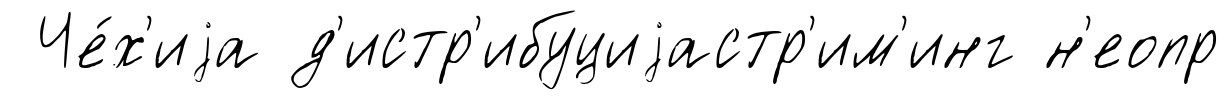
Че́х'иjа д'истр'ибуциjастр'им'инг н'еопр